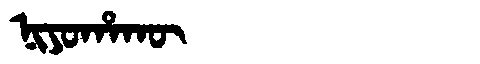
Manchu: ᠨᡳᠶᠣᡥᠠᡴᡡ
Romanization: NIYOHAKŪ